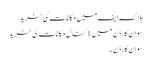
بلاک ایف میں مکانات کی خرید
سوان گارڈن میں 1 کنال مکانات کی خرید
سوان گارڈن ۔